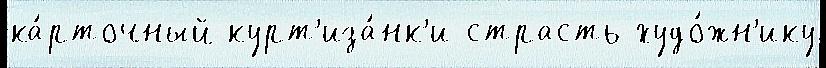
ка́рточный курт'иза́нк'и страсть худо́жн'ику